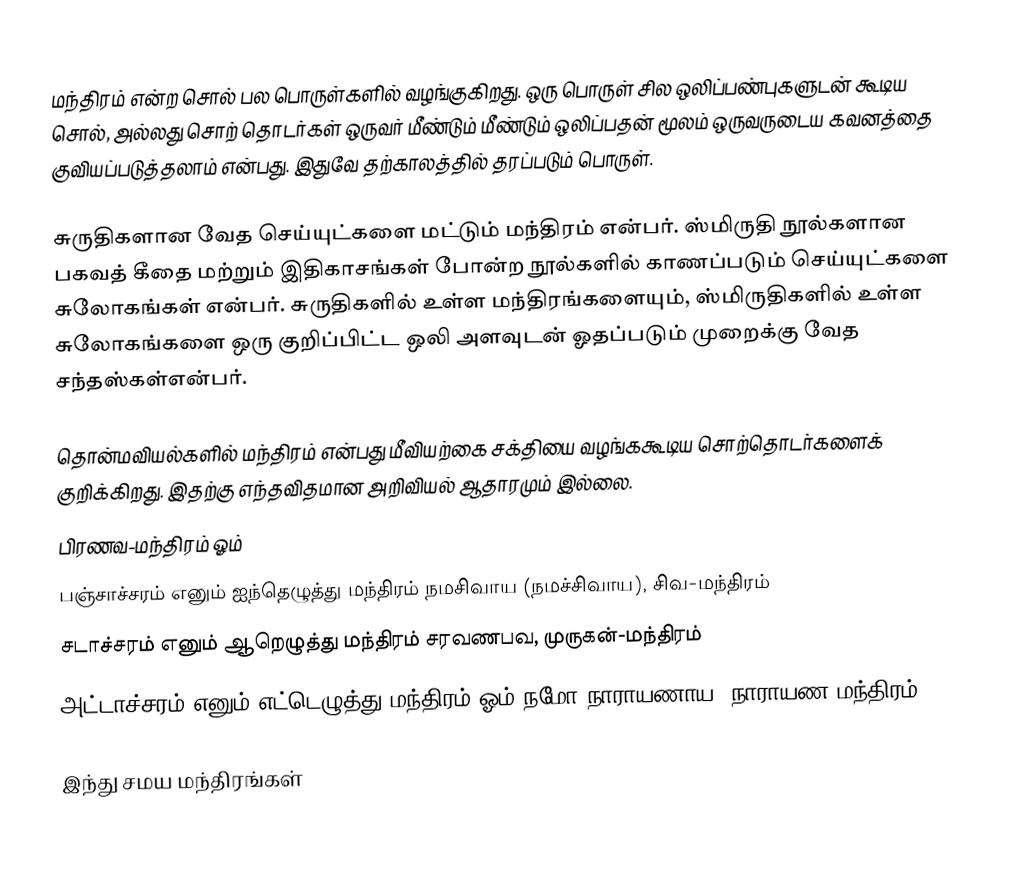
மந்திரம் என்ற சொல் பல பொருள்களில் வழங்குகிறது.  ஒரு பொருள் சில ஒலிப்பண்புகளுடன் கூடிய சொல், அல்லது சொற் தொடர்கள் ஒருவர் மீண்டும் மீண்டும் ஒலிப்பதன் மூலம் ஒருவருடைய கவனத்தை குவியப்படுத்தலாம் என்பது.  இதுவே தற்காலத்தில் தரப்படும் பொருள்.

சுருதிகளான வேத செய்யுட்களை மட்டும் மந்திரம் என்பர். ஸ்மிருதி நூல்களான பகவத் கீதை மற்றும் இதிகாசங்கள் போன்ற நூல்களில் காணப்படும் செய்யுட்களை சுலோகங்கள் என்பர். சுருதிகளில் உள்ள மந்திரங்களையும், ஸ்மிருதிகளில் உள்ள சுலோகங்களை ஒரு குறிப்பிட்ட ஒலி அளவுடன் ஓதப்படும் முறைக்கு வேத சந்தஸ்கள்என்பர்.

தொன்மவியல்களில் மந்திரம் என்பது மீவியற்கை சக்தியை வழங்ககூடிய சொற்தொடர்களைக் குறிக்கிறது.  இதற்கு எந்தவிதமான அறிவியல் ஆதாரமும் இல்லை.
 பிரணவ-மந்திரம் ஓம்
 பஞ்சாச்சரம் எனும்  ஐந்தெழுத்து மந்திரம் நமசிவாய (நமச்சிவாய), சிவ-மந்திரம்
 சடாச்சரம் எனும் ஆறெழுத்து மந்திரம் சரவணபவ, முருகன்-மந்திரம்
 அட்டாச்சரம் எனும் எட்டெழுத்து மந்திரம் ஓம் நமோ நாராயணாய, நாராயண-மந்திரம்

இந்து சமய மந்திரங்கள்